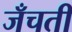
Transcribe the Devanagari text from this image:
जँचती